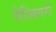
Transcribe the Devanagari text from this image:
लैस्बियनों